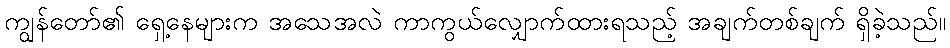
ကျွန်တော်၏ ရှေ့နေများက အသေအလဲ ကာကွယ်လျှောက်ထားရသည့် အချက်တစ်ချက် ရှိခဲ့သည်။